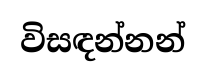
විසඳන්නන්